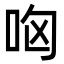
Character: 㕼